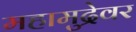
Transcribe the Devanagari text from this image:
महामुद्रेवर